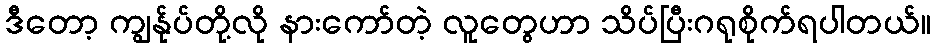
ဒီတော့ ကျွန်ုပ်တို့လို နားကော်တဲ့ လူတွေဟာ သိပ်ပြီးဂရုစိုက်ရပါတယ်။